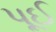
પૂઈ